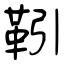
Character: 靷